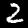
Label: 2